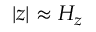
| z | \approx H _ { z }